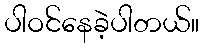
ပါဝင်နေခဲ့ပါတယ်။